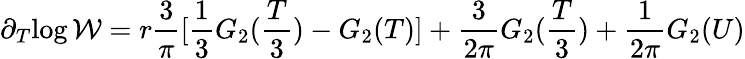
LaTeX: \partial_{T}{\log\cal W}=r\frac{3}{\pi}[\frac{1}{3}G_{2}(\frac{T}{3})-G_{2}(T)]+\frac{3}{2\pi}G_{2}(\frac{T}{3})+\frac{1}{2\pi}G_{2}(U)